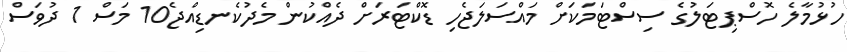
ހުޅުމާލެ ހޮސްޕިޓަލުގެ ސިސްޓަމަކަށް މައްސަލަޖެހި ޑޮކްޓަރަށް ދެއްކުން މެދުކެނޑިއްޖެ10 މަސް 1 ދުވަސް